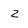
Character: Z